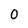
Character: 0